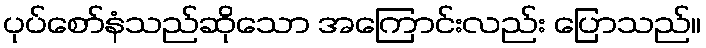
ပုပ်စော်နံသည်ဆိုသော အကြောင်းလည်း ပြောသည်။